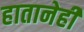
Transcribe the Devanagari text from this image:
हातानेही